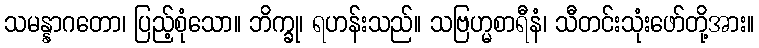
သမန္နာဂတော၊ ပြည့်စုံသော။ ဘိက္ခု၊ ရဟန်းသည်။ သဗြဟ္မစာရီနံ၊ သီတင်းသုံးဖော်တို့အား။